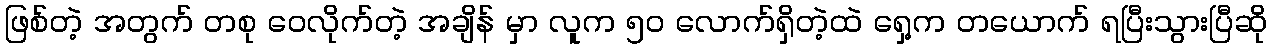
ဖြစ်တဲ့ အတွက် တစု ဝေလိုက်တဲ့ အချိန် မှာ လူက ၅၀ လောက်ရှိတဲ့ထဲ ရှေ့က တယောက် ရပြီးသွားပြီဆို